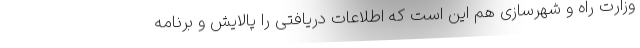
وزارت راه و شهرسازی هم این است که اطلاعات دریافتی را پالایش و برنامه